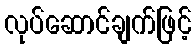
လုပ်ဆောင်ချက်ဖြင့်